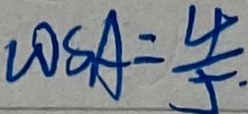
\cos A = \frac { 4 } { 5 } .